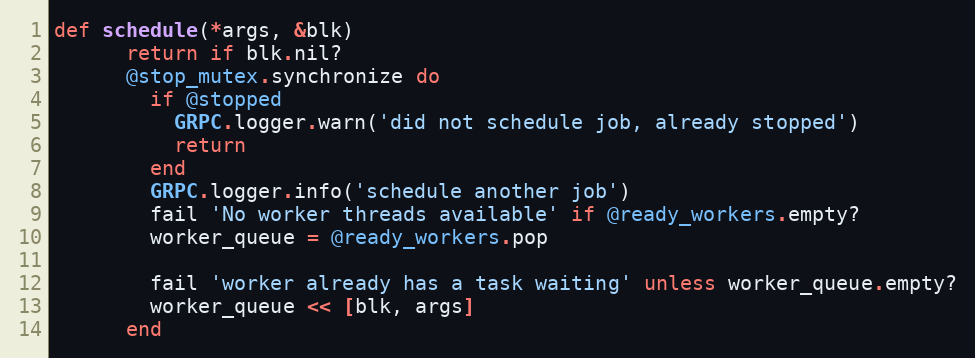
Language: Ruby
def schedule(*args, &blk)
      return if blk.nil?
      @stop_mutex.synchronize do
        if @stopped
          GRPC.logger.warn('did not schedule job, already stopped')
          return
        end
        GRPC.logger.info('schedule another job')
        fail 'No worker threads available' if @ready_workers.empty?
        worker_queue = @ready_workers.pop

        fail 'worker already has a task waiting' unless worker_queue.empty?
        worker_queue << [blk, args]
      end